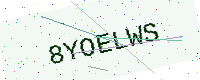
Text: 8YOELWS